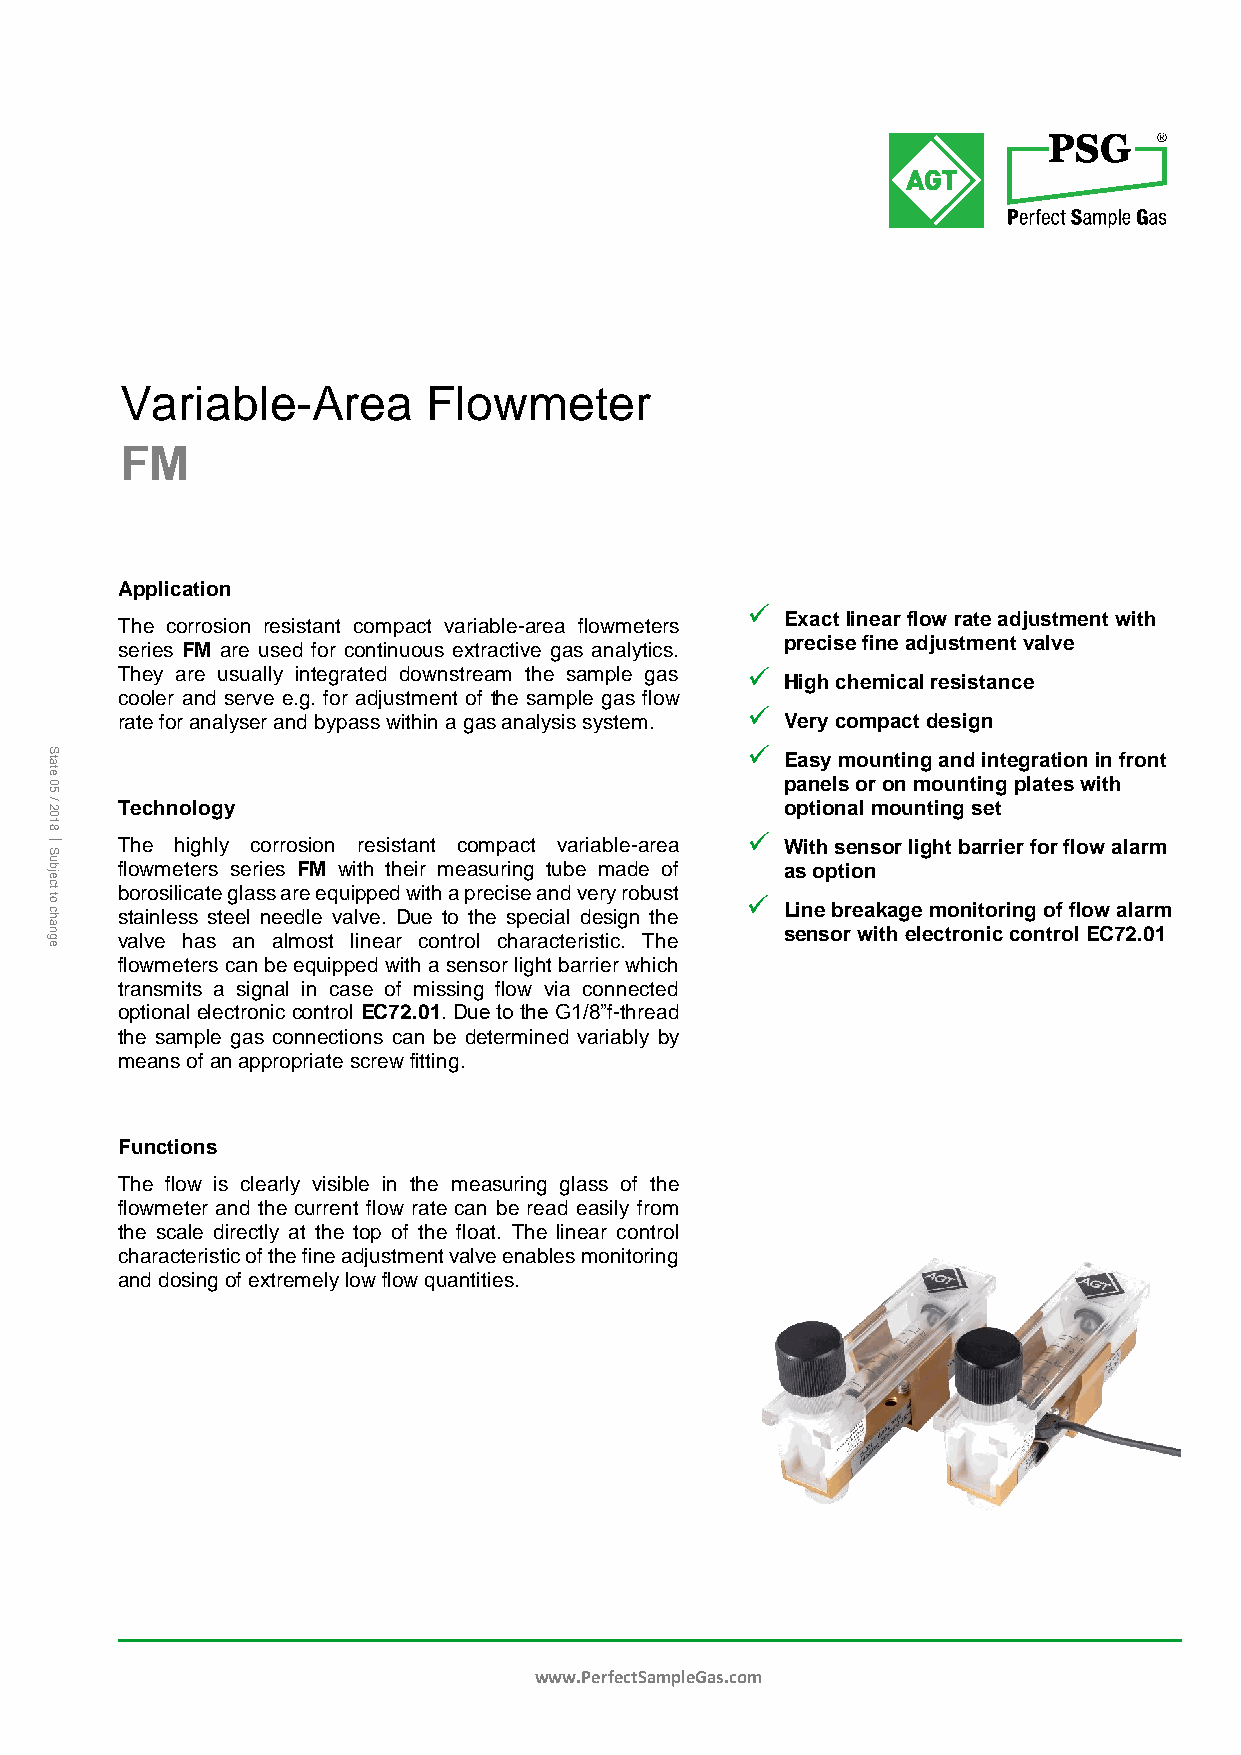
Variable-Area       Flowmeter
 FM
 Application
 
 Exact linear flow rate adjustment with
 The corrosion resistant compact variable-area flowmeters
 precise fine adjustment valve
 series FM are used for continuous extractive gas analytics.
 They are usually integrated downstream the sample gas 
 High chemical resistance
 cooler and serve e.g. for adjustment of the sample gas flow
 
 rate for analyser and bypass within a gas analysis system. Very compact design
 S
 t
 0eta                                            E paa ns ey
 l
 sm oo ru n ot nin mg
 o
 a un nd
 t
 ii nn gte pg lr aa teti so n
 w
 i in
 th
 f ront
 5
 / 2  Technology                                  optional mounting set
 0
 1
 8
 
 S
 The highly corrosion resistant compact variable-area  With sensor light barrier for flow alarm
 u b  flowmeters series FM with their measuring tube made of as option
 je
 ct
 to
 ch
 b sto ar io ns leil sic sa t se
 t
 eg ela
 l
 s ns
 e
 a er de
 le
 e q vu ai lp vp ee
 .
 d
 D
 w ui eth
 t
 oa p thre ec i ss pe
 e
 a cn iad
 l
 v de er sy
 i
 gro nb tu hs et
 
 Line breakage monitoring of flow alarm
 a n g valve has an almost linear control characteristic. The sensor with electronic control EC72.01
 e
 flowmeters can be equipped with a sensor light barrier which
 transmits a signal in case of missing flow via connected
 optional electronic control EC72.01. Due to the G1/8”f-thread
 the sample gas connections can be determined variably by
 means of an appropriate screw fitting.
 Functions
 The flow is clearly visible in the measuring glass of the
 flowmeter and the current flow rate can be read easily from
 the scale directly at the top of the float. The linear control
 characteristic of the fine adjustment valve enables monitoring
 and dosing of extremely low flow quantities.
 www.PerfectSampleGas.com